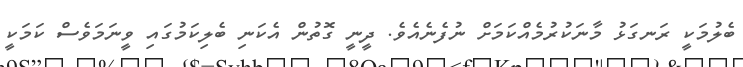
ބެލުމަކީ ރަނގަޅު މާނަކުރުމެއްކަމަށް ނުފެނެއެވެ. ދީނީ ގޮތުން އެކަނި ބެލިކަމުގައި ވީނަމަވެސް ކަމަކީ